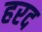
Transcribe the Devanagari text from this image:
हरद